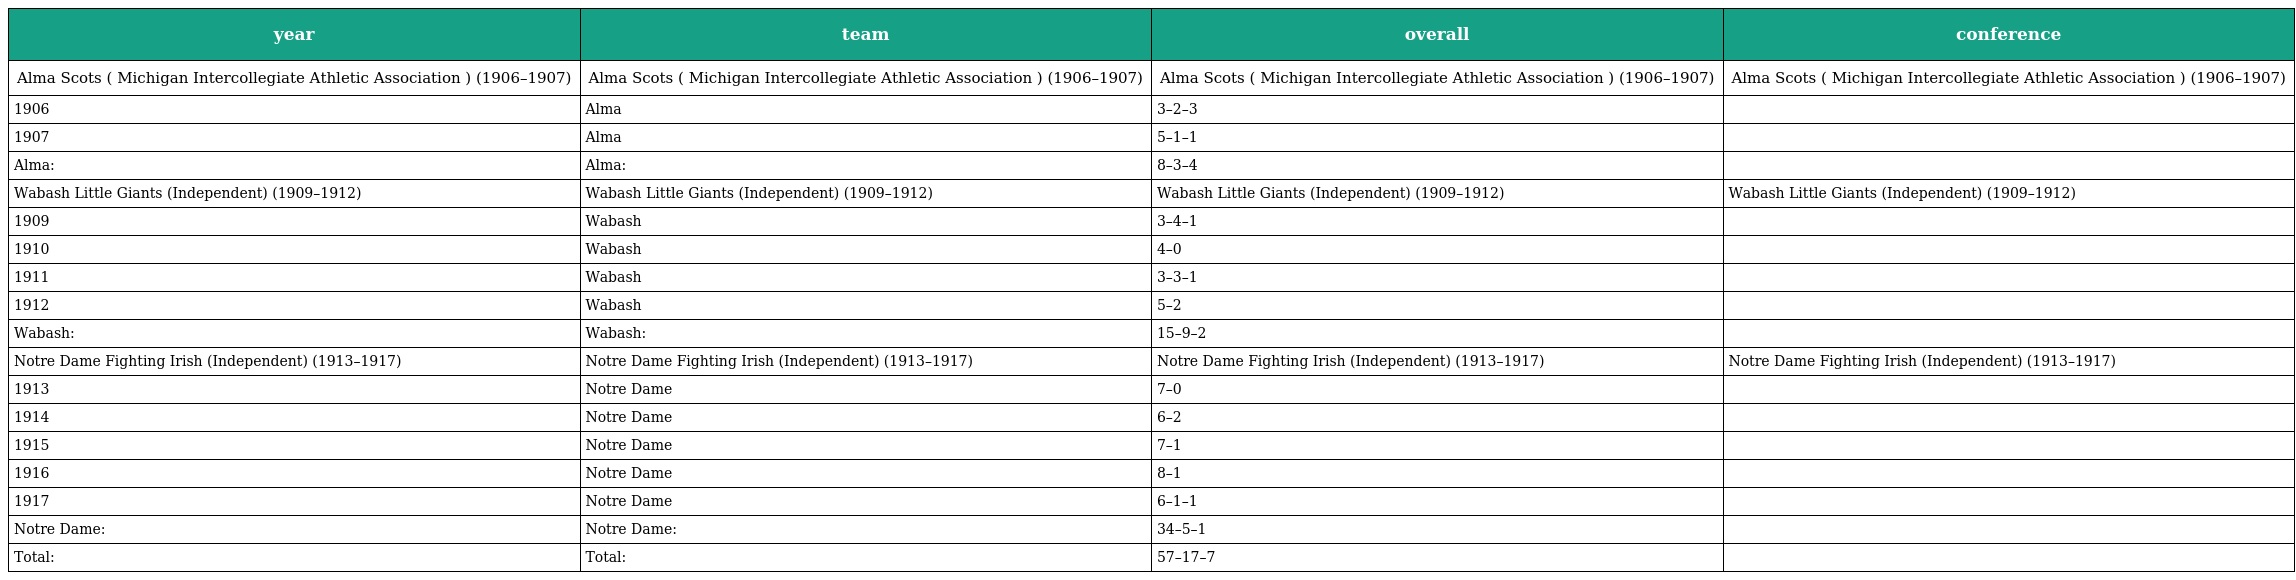
| year | team | overall | conference |
 | --- | --- | --- | --- |
 | Alma Scots ( Michigan Intercollegiate Athletic Association ) (1906–1907) | Alma Scots ( Michigan Intercollegiate Athletic Association ) (1906–1907) | Alma Scots ( Michigan Intercollegiate Athletic Association ) (1906–1907) | Alma Scots ( Michigan Intercollegiate Athletic Association ) (1906–1907) |
 | 1906 | Alma | 3–2–3 |  |
 | 1907 | Alma | 5–1–1 |  |
 | Alma: | Alma: | 8–3–4 |  |
 | Wabash Little Giants (Independent) (1909–1912) | Wabash Little Giants (Independent) (1909–1912) | Wabash Little Giants (Independent) (1909–1912) | Wabash Little Giants (Independent) (1909–1912) |
 | 1909 | Wabash | 3–4–1 |  |
 | 1910 | Wabash | 4–0 |  |
 | 1911 | Wabash | 3–3–1 |  |
 | 1912 | Wabash | 5–2 |  |
 | Wabash: | Wabash: | 15–9–2 |  |
 | Notre Dame Fighting Irish (Independent) (1913–1917) | Notre Dame Fighting Irish (Independent) (1913–1917) | Notre Dame Fighting Irish (Independent) (1913–1917) | Notre Dame Fighting Irish (Independent) (1913–1917) |
 | 1913 | Notre Dame | 7–0 |  |
 | 1914 | Notre Dame | 6–2 |  |
 | 1915 | Notre Dame | 7–1 |  |
 | 1916 | Notre Dame | 8–1 |  |
 | 1917 | Notre Dame | 6–1–1 |  |
 | Notre Dame: | Notre Dame: | 34–5–1 |  |
 | Total: | Total: | 57–17–7 |  |